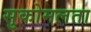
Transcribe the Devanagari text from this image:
सुकोमलता